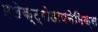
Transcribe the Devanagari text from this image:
इलेक्ट्रोडायनेमिक्स